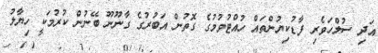
އަދި ސުލްހަވެރި ފާޑުކިޔުންތައް ހުއްޓުވުމުގެ ގޮތުން އަބުރުގެ ގާނޫނޫ ބޭނުން ކުރުމަކީ ހިޔާލު